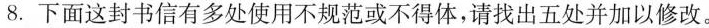
8.下面这封书信有多处使用不规范或不得体，请找出五处并加以修改。